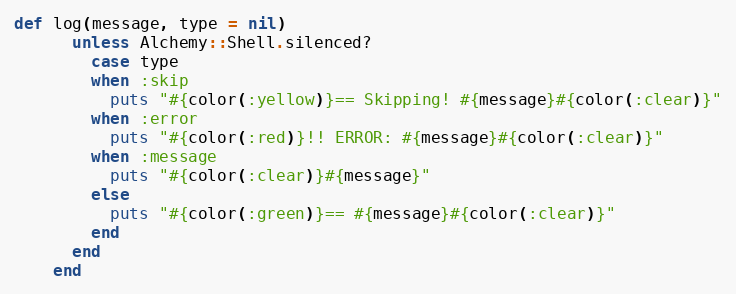
Language: Ruby
def log(message, type = nil)
      unless Alchemy::Shell.silenced?
        case type
        when :skip
          puts "#{color(:yellow)}== Skipping! #{message}#{color(:clear)}"
        when :error
          puts "#{color(:red)}!! ERROR: #{message}#{color(:clear)}"
        when :message
          puts "#{color(:clear)}#{message}"
        else
          puts "#{color(:green)}== #{message}#{color(:clear)}"
        end
      end
    end